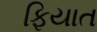
ફિયાત